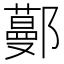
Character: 𨞼